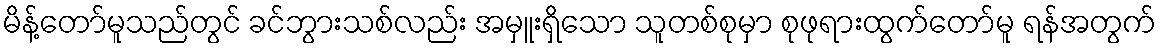
မိန့်တော်မူသည်တွင် ခင်ဘွားသစ်လည်း အမှူးရှိသော သူတစ်စုမှာ စုဖုရားထွက်တော်မူ ရန်အတွက်